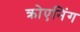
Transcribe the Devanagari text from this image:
क्रोएनिंग